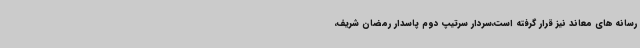
رسانه های معاند نیز قرار گرفته است،سردار سرتیپ دوم پاسدار رمضان شریف،